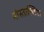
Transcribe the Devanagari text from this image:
नोस्ताल्जिया